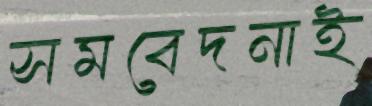
সমবেদনাই